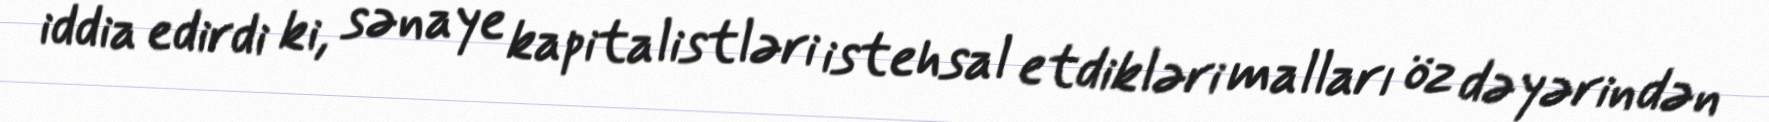
iddia edirdi ki, sənaye kapitalistləri istehsal etdikləri malları öz dəyərindən